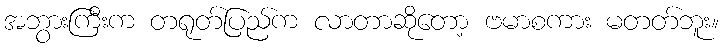
အဘွားကြီးက တရုတ်ပြည်က လာတာဆိုတော့ ဗမာစကား မတတ်ဘူး။